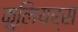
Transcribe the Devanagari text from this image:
कुलियर्स